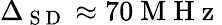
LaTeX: \Delta_{\mathrm{~S~D~}}\approx 70\mathrm{~M~H~z~}